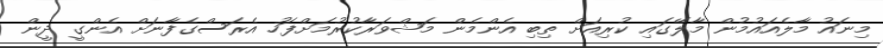
މިނައު މާލެއައުމުން މާލޭގައި ކުރިއަށް ތިބި އެންމެން މަޝްވަރާކުރުމަށްފަހު އެރަސްގެފާނަށް އެންގީ ދީން